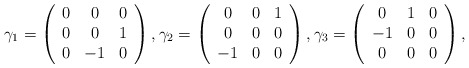
\begin{align*}\begin{aligned}\gamma_1 = \left(\begin{array}{ccc} 0 & 0 & 0 \\ 0 & 0 & 1 \\ 0 & -1& 0 \\ \end{array} \right), \gamma_2 =\left(\begin{array}{ccc} 0 & 0 & 1 \\ 0 & 0 & 0 \\ -1 & 0 & 0 \\\end{array} \right), \gamma_3 =\left(\begin{array}{ccc} 0 & 1 & 0 \\ -1 & 0 & 0 \\ 0 & 0 & 0 \\\end{array} \right),\end{aligned}\end{align*}